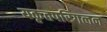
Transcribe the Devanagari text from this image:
यकृतपरिगलन